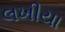
લખીયા